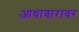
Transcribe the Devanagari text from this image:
आधावारावर